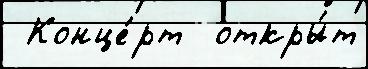
 Конце́рт  откры́т